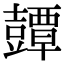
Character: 𧰘